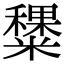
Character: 䊬